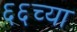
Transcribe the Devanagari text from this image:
६६च्या